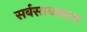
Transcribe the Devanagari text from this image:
सर्वसाधनरूप